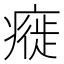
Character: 㿅